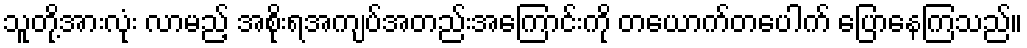
သူတို့အားလုံး လာမည့် အစိုးရအကျပ်အတည်းအကြောင်းကို တယောက်တပေါက် ပြောနေကြသည်။